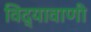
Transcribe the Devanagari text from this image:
विद्यावाणी